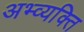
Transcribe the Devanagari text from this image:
अभ्व्यक्ति